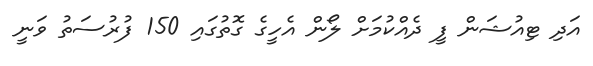
އަދި ޓިއުޝަން ފީ ދެއްކުމަށް ލޯން އެހީގެ ގޮތުގައި 150 ފުރުސަތު ވަނީ